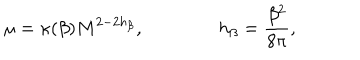
\mu = \kappa ( \beta ) M ^ { 2 - 2 h _ { \beta } } , \qquad \qquad h _ { \beta } = \frac { \beta ^ { 2 } } { 8 \pi } ,